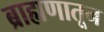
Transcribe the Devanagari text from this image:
ब्राह्मणातून